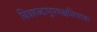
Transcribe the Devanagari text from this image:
चित्रशब्दापूपभक्षविपाक